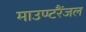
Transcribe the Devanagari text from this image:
माउण्टरैंजल